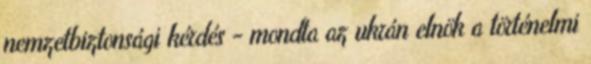
nemzetbiztonsági kérdés - mondta az ukrán elnök a történelmi